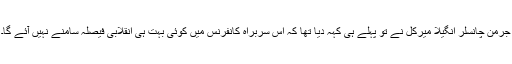
جرمن چانسلر انگیلا میرکل نے تو پہلے ہی کہہ دیا تھا کہ اس سربراہ کانفرنس میں کوئی بہت ہی انقلابی فیصلہ سامنے نہیں آئے گا۔